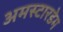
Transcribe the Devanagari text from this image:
अमस्टारडेम